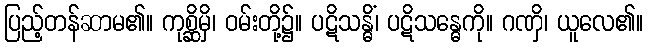
ပြည့်တန်ဆာမ၏။ ကုစ္ဆိမှိ၊ ဝမ်းတို့၌။ ပဋိသန္ဓိံ၊ ပဋိသန္ဓေကို။ ဂဏှိ၊ ယူလေ၏။